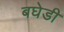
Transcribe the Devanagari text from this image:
बघेडी